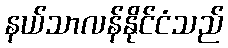
နယ်သာလန်နိုင်ငံသည်